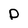
Character: D